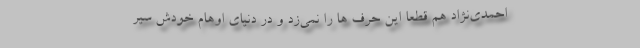
احمدی‌نژاد هم قطعا این حرف ها را نمی‌زد و در دنیای اوهام خودش سیر